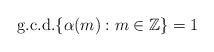
LaTeX: \begin{align*}\mathrm{g. c. d.}\{\alpha(m) : m\in \mathbb{Z}\}=1\end{align*}